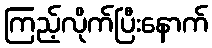
ကြည့်လိုက်ပြီးနောက်